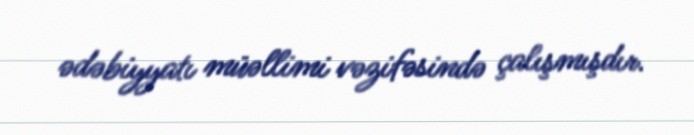
ədəbiyyatı müəllimi vəzifəsində çalışmışdır.